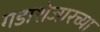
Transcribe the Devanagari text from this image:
गडाशेजारच्या